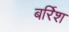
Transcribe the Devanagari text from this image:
बर्रिश